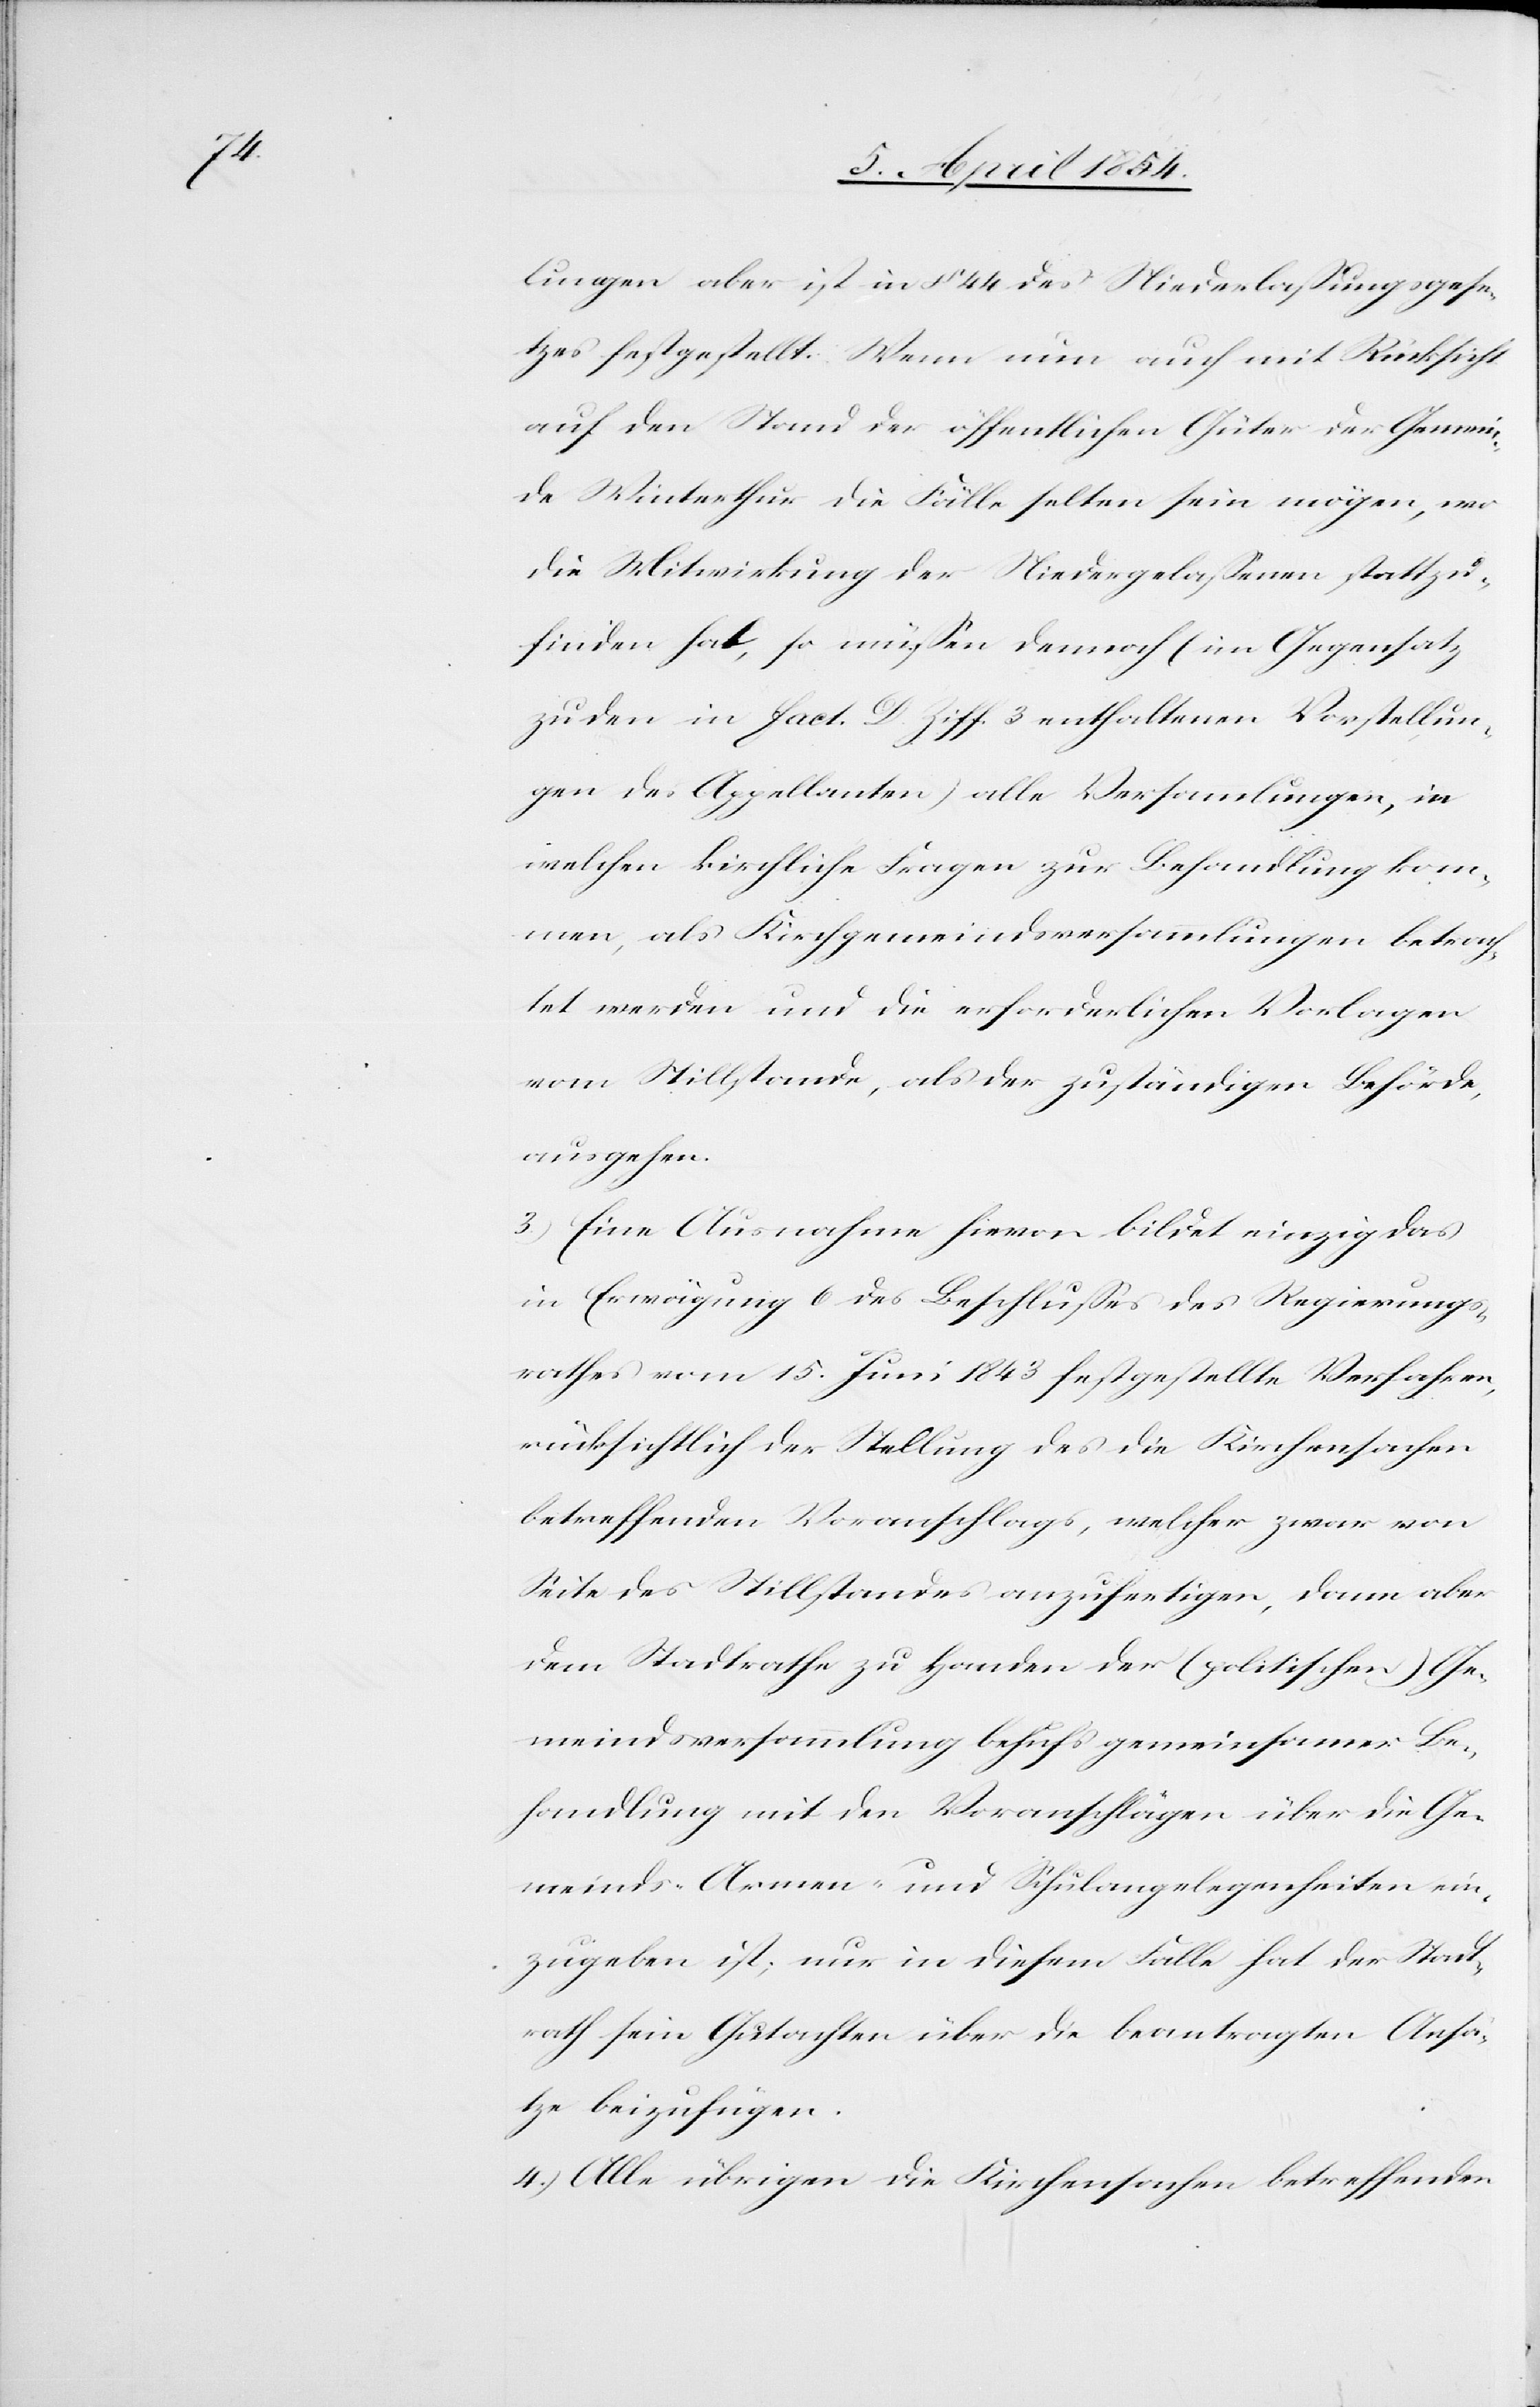
lungen aber ist in § 44 des Niederlaßungsgese¬
tzes festgestellt. Wenn nun auch mit Rücksicht
auf den Stand der öffentlichen Güter der Gemein¬
de Winterthur die Fälle selten sein mögen, wo
die Mitwirkung der Niedergelaßenen stattzu¬
finden hat, so müßen dennoch (im Gegensatz
zu den in Fact. D. Ziff. 3 enthaltenen Vorstellun¬
gen des Appellanten) alle Versammlungen, in
welchen kirchliche Fragen zur Behandlung kom¬
men, als Kirchgemeindsversammlungen betrach¬
tet werden und die erforderlichen Vorlagen
vom Stillstande, als der zuständigen Behörde,
ausgehen.
3.) Eine Ausnahme hievon bildet einzig das
in Erwägung 6 des Beschlußes des Regierungs¬
rathes vom 15. Juni 1843 festgestellte Verfahren,
rücksichtlich der Stellung des die Kirchensachen
betreffenden Voranschlags, welcher zwar von
Seite des Stillstandes anzufertigen, dann aber
dem Stadtrathe zu Handen der (politischen) Ge¬
meindsversammlung behufs gemeinsamer Be¬
handlung mit den Voranschlägen über die Ge¬
meinds-[,] Armen- und Schulangelegenheiten ein¬
zugeben ist; nur in diesem Falle hat der Stadt¬
rath sein Gutachten über die beantragen Ansä¬
tze beizufügen.
4.) Alle übrigen die Kirchensachen betreffenden